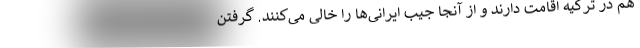
هم در ترکیه اقامت دارند و از آنجا جیب ایرانی‌ها را خالی می‌کنند. گرفتن